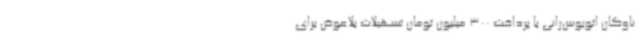
ناوگان اتوبوس‌رانی با پرداخت 300 میلیون تومان تسهیلات بلاعوض برای